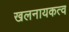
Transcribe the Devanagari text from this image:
खलनायकत्व